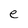
Character: e